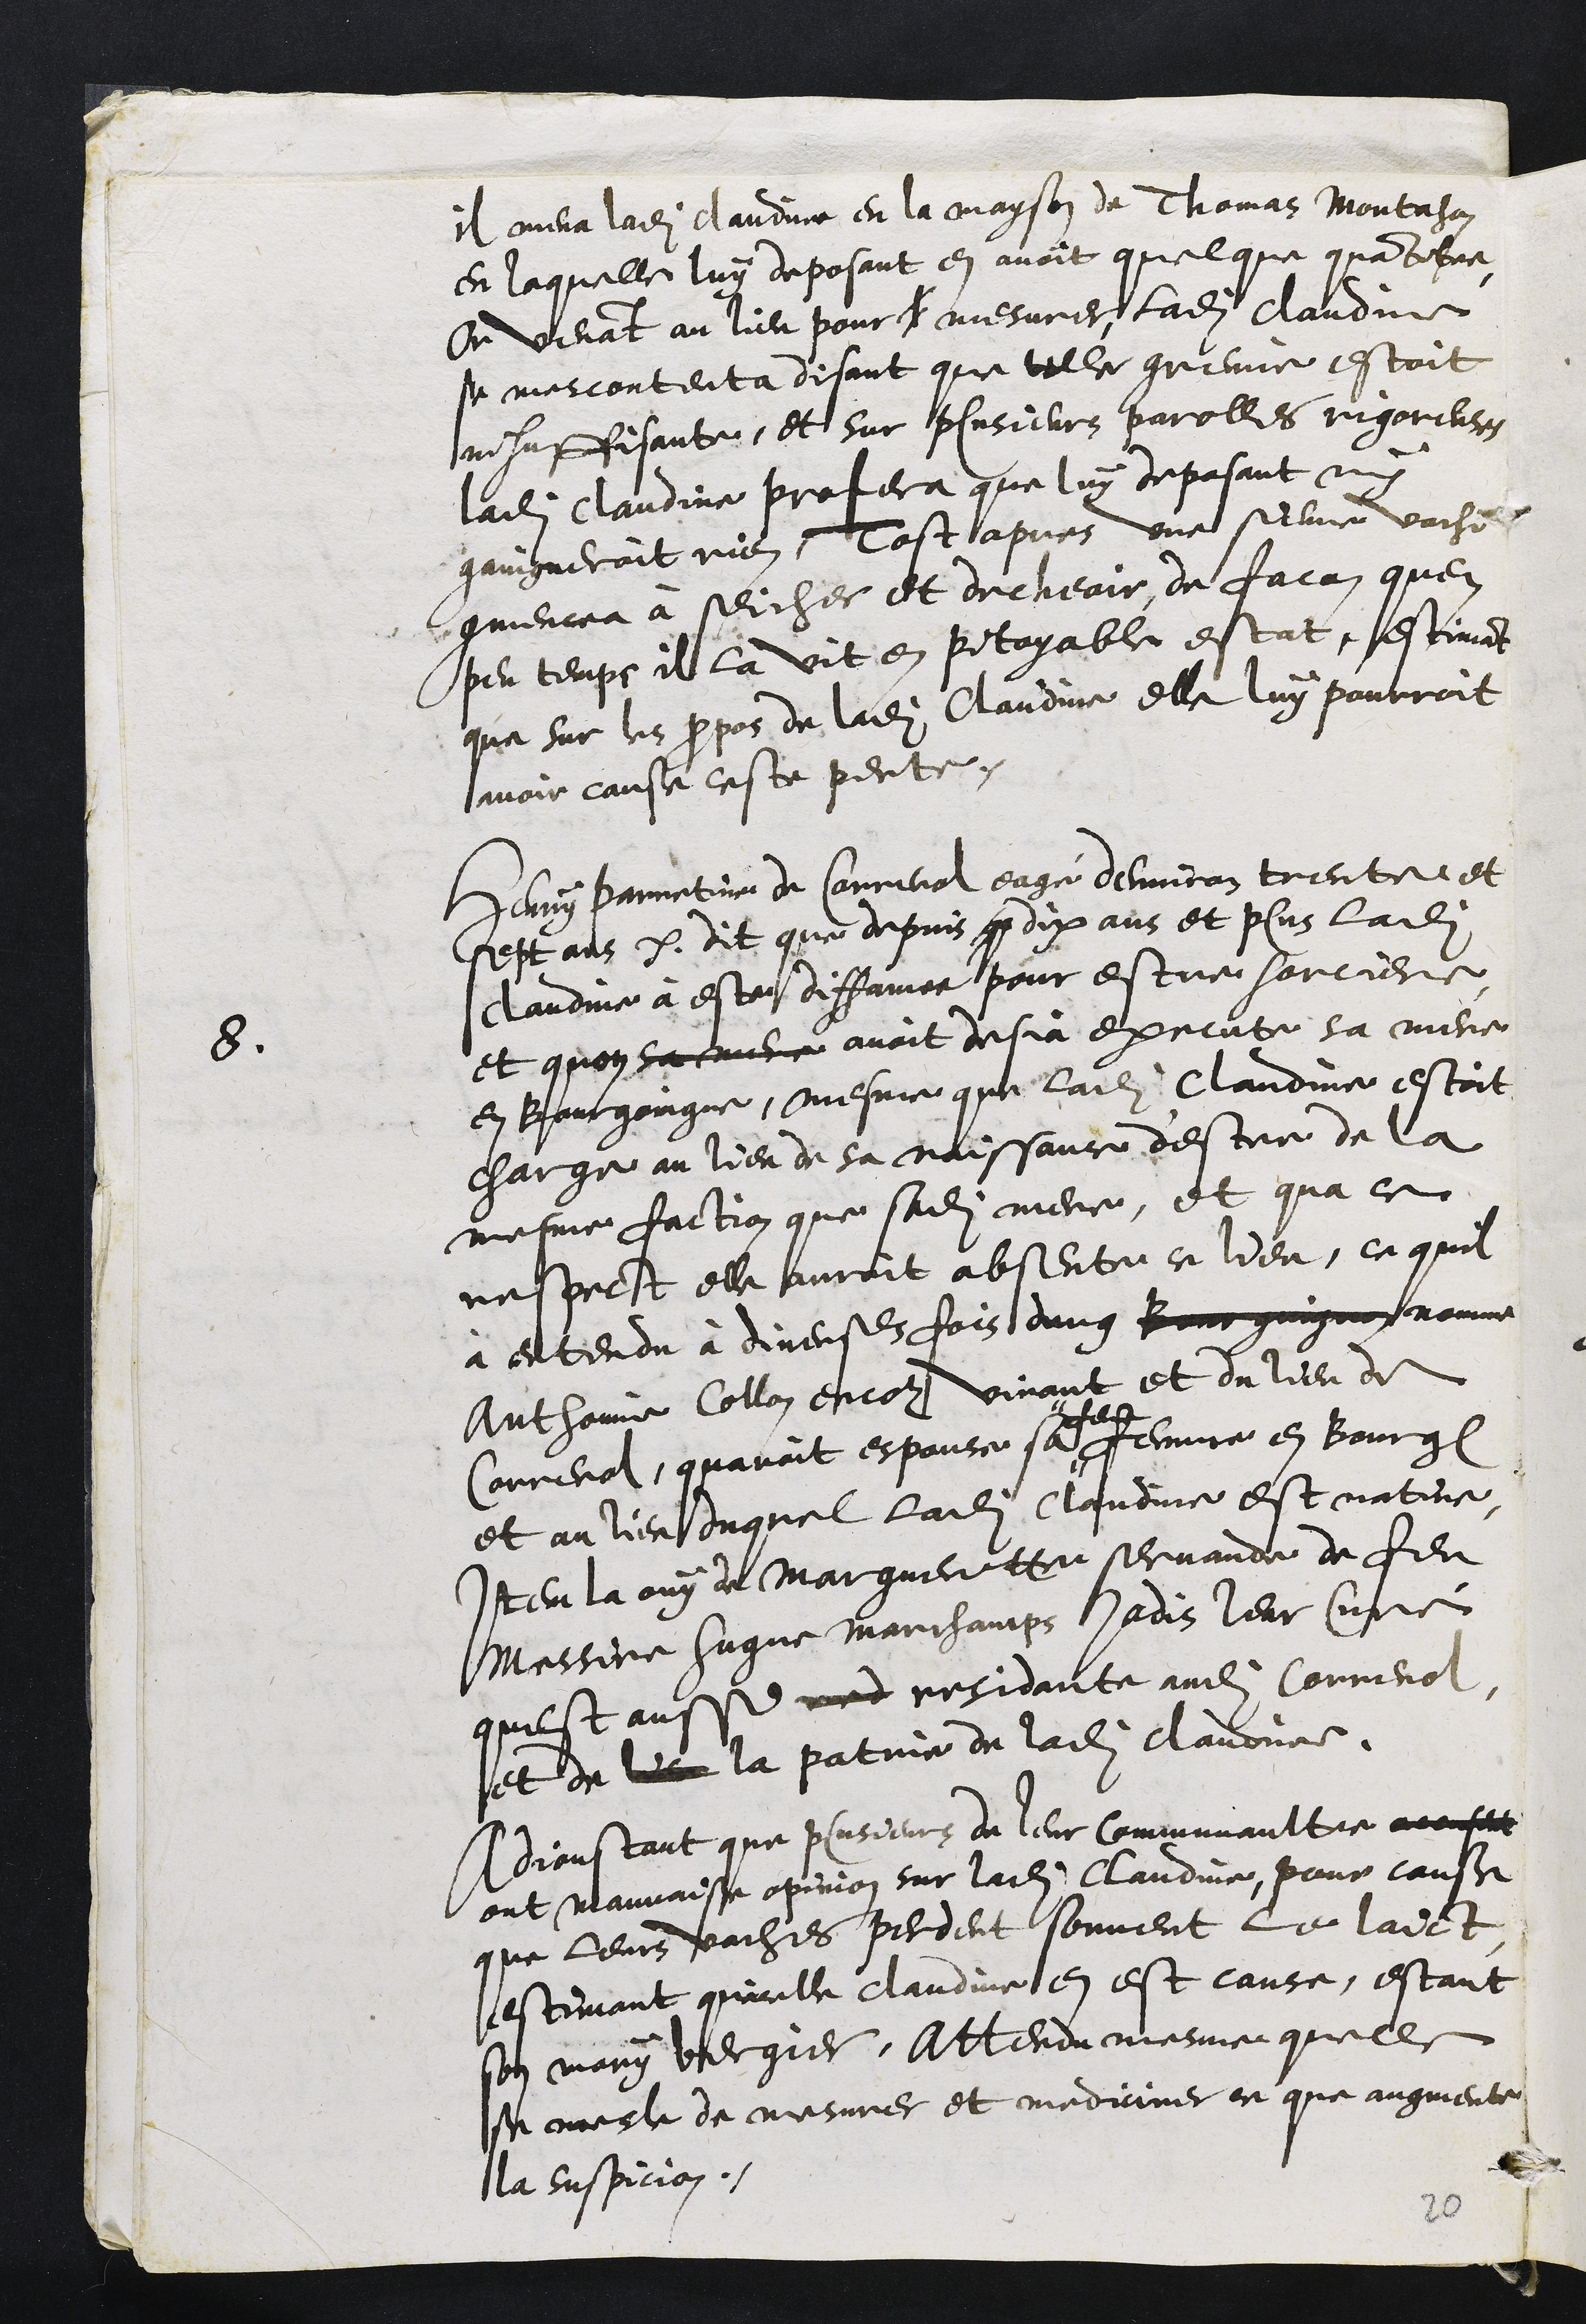
il mena ladite Claudine en la mayson de Thomas Montahon
en laquelle luy deposant en avoit quelque quantitee
Or venant au lieu pour l mesurer, ladite Claudine
se mescontenta disant que telle greine estoit
insuffisante, et sur plusieurs parolles rigoreuses
ladite Claudine profera que luy deposant ny
gaingneroit rien, Tost apres une sienne vache
commencea à seicher et decheoir de facon quen
peu temps il la vit en pitoyable estat, estimant
que sur les propos de ladite Claudine elle luy pourroit
avoir cause ceste perte.
8.
Henry Parretine de Correnol eagé denviron trente et
sept ans etc dit que depuis que dix ans et plus ladite
Claudine à este diffamee pour estre sorciere.
et quon sa mere avoit desja execute sa mere
en Bourgoingne, mesme que ladite Claudine estoit
charge au lieu de sa naissance d'estre de la
mesme faction que sadite mere, et qua ce
respect elle auroit absente ce lieu, ce quil
à entendu à diverses fois dung Bourguignon nomme
Anthoine Collon encor vivant et du lieu de
Correnol, quavoit espouse sa
feue
femme en Bourg
et au lieu duquel ladite Claudine est native,
Item la ouy de Margueritte servande de feu
Messire Hugue Marchamps jadis leur Curé
quest aussi red residante audit Correnol
et de lieu la patrie de ladite Claudine.
Adjoustant que plusieurs de leur communaultee accusent
ont mauvaise opinion sur ladite Claudine, pour cause
que leurs vaches perdent souvent le laict
estimant quicelle claudine en est cause, estant
son mary bergier, attendu mesme quelle
se mesle de mesurer et mediciner ce que augmente
la suspicion.
20